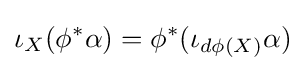
\iota _{X}(\phi ^{*}\alpha )=\phi ^{*}(\iota _{d\phi (X)}\alpha )